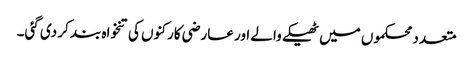
متعدد محکموں میں ٹھیکے والے اور عارضی کارکنوں کی تنخواہ بند کر دی گئی۔